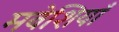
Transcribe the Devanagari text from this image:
मवेशियाँ